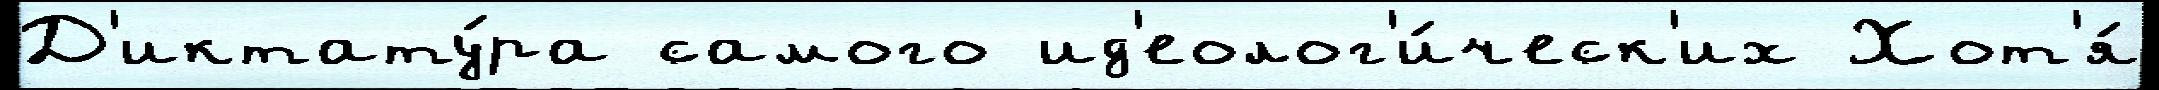
Д'иктату́ра самого ид'еолог'и́ческ'их Хот'я́